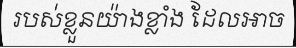
របស់ខ្លួនយ៉ាងខ្លាំង ដែលអាច